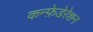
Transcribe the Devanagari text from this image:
कन्फ़ेडेरेशन